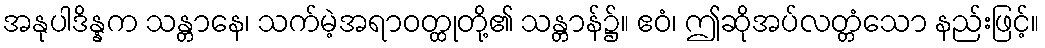
အနုပါဒိန္နက သန္တာနေ၊ သက်မဲ့အရာဝတ္ထုတို့၏ သန္တာန်၌။ ဧဝံ၊ ဤဆိုအပ်လတ္တံသော နည်းဖြင့်။